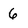
Character: 6